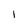
Character: l